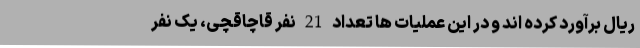
ریال برآورد کرده اند و در این عملیات ها تعداد 21 نفر قاچاقچی، یک نفر